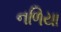
નળિયા